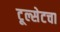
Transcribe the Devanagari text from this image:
टूल्सेटचा